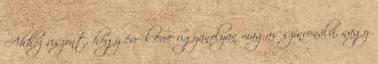
Ahhoz viszont, hogy évről évre ugyanolyan magas színvonalú, nagy